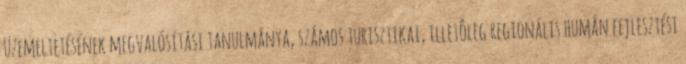
üzemeltetésének megvalósítási tanulmánya, számos turisztikai, illetôleg regionális humán fejlesztési